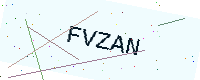
Text: FVZAN